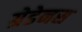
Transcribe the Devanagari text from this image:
ग्रेडेनस